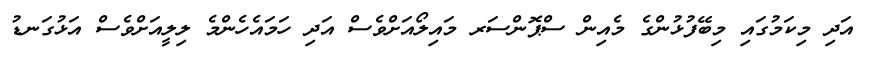
އަދި މިކަމުގައި މިބޭފުޅުންގެ މެއިން ސްޕޮންސަރ މައިލޯއަށްވެސް އަދި ހަމައެހެންމެ ލިލީއަށްވެސް އަޅުގަނޑު